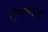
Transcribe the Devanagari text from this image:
ड्रिमकास्ट